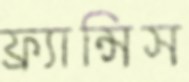
ফ্র্যান্সিস